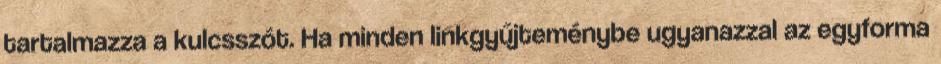
tartalmazza a kulcsszót. Ha minden linkgyűjteménybe ugyanazzal az egyforma